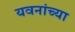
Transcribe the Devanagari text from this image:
यवनांच्या